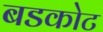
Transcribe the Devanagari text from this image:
बडकोट